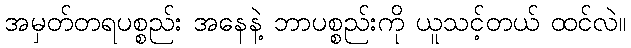
အမှတ်တရပစ္စည်း အနေနဲ့ ဘာပစ္စည်းကို ယူသင့်တယ် ထင်လဲ။